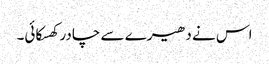
اس نے دھیرے سے چادر کھسکائی۔